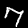
Label: 7